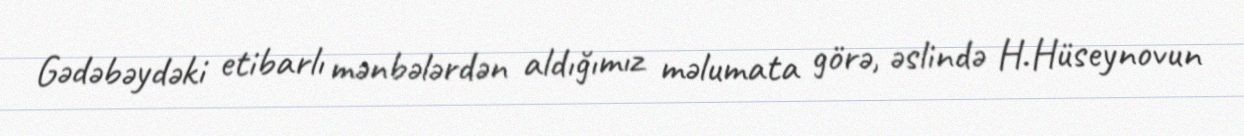
Gədəbəydəki etibarlı mənbələrdən aldığımız məlumata görə, əslində H.Hüseynovun